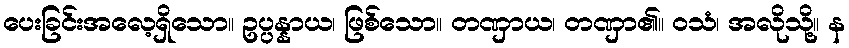
ပေးခြင်းအလေ့ရှိသော။ ဥပ္ပန္နာယ၊ ဖြစ်သော။ တဏှာယ၊ တဏှာ၏။ ဝသံ၊ အလိုသို့။ န